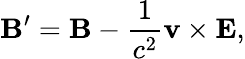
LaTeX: \mathbf{B}^{\prime}=\mathbf{B}-{\frac{1}{c^{2}}}\mathbf{v}\times\mathbf{E},